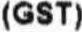
(GST)